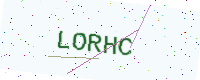
Text: LORHC